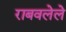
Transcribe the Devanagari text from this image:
राबवलेले